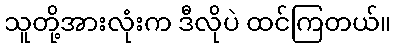
သူတို့အားလုံးက ဒီလိုပဲ ထင်ကြတယ်။